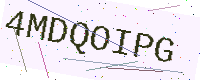
Text: 4MDQOIPG